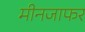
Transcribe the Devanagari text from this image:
मीनजाफर